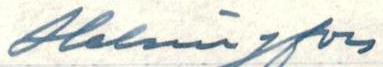
Helsingfors